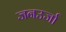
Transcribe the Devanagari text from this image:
जनउर्जा